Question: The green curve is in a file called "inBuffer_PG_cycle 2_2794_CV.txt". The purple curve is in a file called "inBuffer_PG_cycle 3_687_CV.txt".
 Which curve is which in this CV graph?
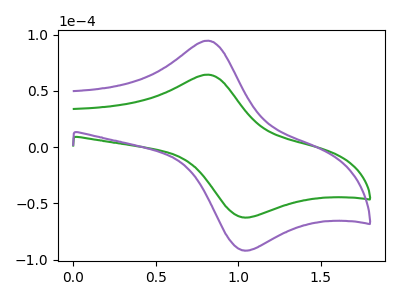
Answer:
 <answer>The green curve is labeled "PG cycle 2". The purple curve is labeled "PG cycle 3".</answer>
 <eval></eval>